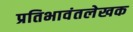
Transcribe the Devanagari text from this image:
प्रतिभावंतलेखक